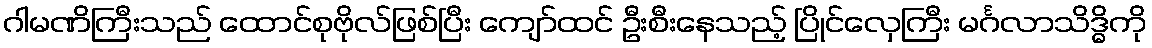
ဂါမဏိကြီးသည် ထောင်စုဗိုလ်ဖြစ်ပြီး ကျော်ထင် ဦးစီးနေသည့် ပြိုင်လှေကြီး မင်္ဂလာသိဒ္ဓိကို